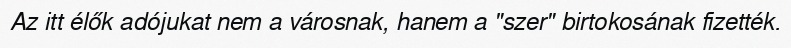
Az itt élők adójukat nem a városnak, hanem a "szer" birtokosának fizették.